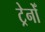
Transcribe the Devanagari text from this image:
ट्रेनोँ